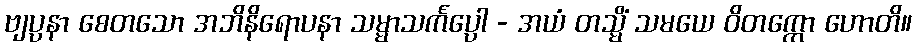
ဗျပ္ပနာ စေတသော အဘိနိရောပနာ သမ္မာသင်္ကပ္ပော - အယံ တသ္မိံ သမယေ ဝိတက္ကော ဟောတိ။